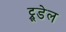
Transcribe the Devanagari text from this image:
ट्रूडेल